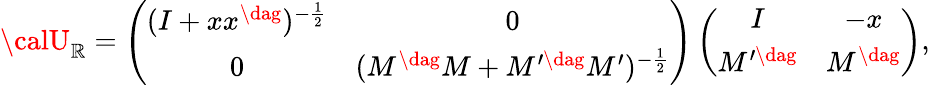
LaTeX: {\calU}_{\mathbb{R}}=\left(\begin{array}{cc}{{(I+xx^{\dag})^{-\frac{1}{2}}}}&{{0}}\\ {{0}}&{{(M^{\dag}M+M^{\prime\dag}M^{\prime})^{-\frac{1}{2}}}}\end{array}\right)\left(\begin{array}{cc}{{I}}&{{-x}}\\ {{M^{\prime\dag}}}&{{M^{\dag}}}\end{array}\right),